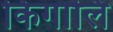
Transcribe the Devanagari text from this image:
किगालि